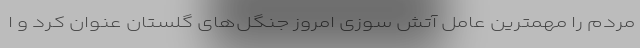
مردم را مهمترین عامل آتش سوزی امروز جنگل‌های گلستان عنوان کرد و ا